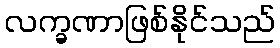
လက္ခဏာဖြစ်နိုင်သည်